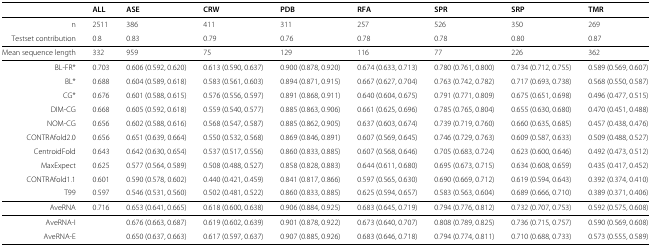
<table><thead><tr><td><b> </b></td><td><b>ALL</b></td><td><b>ASE</b></td><td><b>CRW</b></td><td><b>PDB</b></td><td><b>RFA</b></td><td><b>SPR</b></td><td><b>SRP</b></td><td><b>TMR</b></td></tr></thead><tbody><tr><td>n</td><td>2511</td><td>386</td><td>411</td><td>311</td><td>257</td><td>526</td><td>350</td><td>269</td></tr><tr><td>Testset contribution</td><td>0.8</td><td>0.83</td><td>0.79</td><td>0.76</td><td>0.78</td><td>0.78</td><td>0.80</td><td>0.87</td></tr><tr><td>Mean sequence length</td><td>332</td><td>959</td><td>75</td><td>129</td><td>116</td><td>77</td><td>226</td><td>362</td></tr><tr><td>BL-FR*</td><td>0.703</td><td>0.606 (0.592, 0.620)</td><td>0.613 (0.590, 0.637)</td><td>0.900 (0.878, 0.920)</td><td>0.674 (0.633, 0.713)</td><td>0.780 (0.761, 0.800)</td><td>0.734 (0.712, 0.755)</td><td>0.589 (0.569, 0.607)</td></tr><tr><td>BL*</td><td>0.688</td><td>0.604 (0.589, 0.618)</td><td>0.583 (0.561, 0.603)</td><td>0.894 (0.871, 0.915)</td><td>0.667 (0.627, 0.704)</td><td>0.763 (0.742, 0.782)</td><td>0.717 (0.693, 0.738)</td><td>0.568 (0.550, 0.587)</td></tr><tr><td>CG*</td><td>0.676</td><td>0.601 (0.588, 0.615)</td><td>0.576 (0.556, 0.597)</td><td>0.891 (0.868, 0.911)</td><td>0.640 (0.604, 0.675)</td><td>0.791 (0.771, 0.809)</td><td>0.675 (0.651, 0.698)</td><td>0.496 (0.477, 0.515)</td></tr><tr><td>DIM-CG</td><td>0.668</td><td>0.605 (0.592, 0.618)</td><td>0.559 (0.540, 0.577)</td><td>0.885 (0.863, 0.906)</td><td>0.661 (0.625, 0.696)</td><td>0.785 (0.765, 0.804)</td><td>0.655 (0.630, 0.680)</td><td>0.470 (0.451, 0.488)</td></tr><tr><td>NOM-CG</td><td>0.656</td><td>0.602 (0.588, 0.616)</td><td>0.568 (0.547, 0.587)</td><td>0.885 (0.862, 0.905)</td><td>0.637 (0.603, 0.674)</td><td>0.739 (0.719, 0.760)</td><td>0.660 (0.635, 0.685)</td><td>0.457 (0.438, 0.476)</td></tr><tr><td>CONTRAfold2.0</td><td>0.656</td><td>0.651 (0.639, 0.664)</td><td>0.550 (0.532, 0.568)</td><td>0.869 (0.846, 0.891)</td><td>0.607 (0.569, 0.645)</td><td>0.746 (0.729, 0.763)</td><td>0.609 (0.587, 0.633)</td><td>0.509 (0.488, 0.527)</td></tr><tr><td>CentroidFold</td><td>0.643</td><td>0.642 (0.630, 0.654)</td><td>0.537 (0.517, 0.556)</td><td>0.860 (0.833, 0.885)</td><td>0.607 (0.568, 0.646)</td><td>0.705 (0.683, 0.724)</td><td>0.623 (0.600, 0.646)</td><td>0.492 (0.473, 0.512)</td></tr><tr><td>MaxExpect</td><td>0.625</td><td>0.577 (0.564, 0.589)</td><td>0.508 (0.488, 0.527)</td><td>0.858 (0.828, 0.883)</td><td>0.644 (0.611, 0.680)</td><td>0.695 (0.673, 0.715)</td><td>0.634 (0.608, 0.659)</td><td>0.435 (0.417, 0.452)</td></tr><tr><td>CONTRAfold1.1</td><td>0.601</td><td>0.590 (0.578, 0.602)</td><td>0.440 (0.421, 0.459)</td><td>0.841 (0.817, 0.866)</td><td>0.597 (0.565, 0.630)</td><td>0.690 (0.669, 0.712)</td><td>0.619 (0.594, 0.643)</td><td>0.392 (0.374, 0.410)</td></tr><tr><td>T99</td><td>0.597</td><td>0.546 (0.531, 0.560)</td><td>0.502 (0.481, 0.522)</td><td>0.860 (0.833, 0.885)</td><td>0.625 (0.594, 0.657)</td><td>0.583 (0.563, 0.604)</td><td>0.689 (0.666, 0.710)</td><td>0.389 (0.371, 0.406)</td></tr><tr><td>AveRNA</td><td>0.716</td><td>0.653 (0.641, 0.665)</td><td>0.618 (0.600, 0.638)</td><td>0.906 (0.884, 0.925)</td><td>0.683 (0.645, 0.719)</td><td>0.794 (0.776, 0.812)</td><td>0.732 (0.707, 0.753)</td><td>0.592 (0.575, 0.608)</td></tr><tr><td>AveRNA-I</td><td> </td><td>0.676 (0.663, 0.687)</td><td>0.619 (0.602, 0.639)</td><td>0.901 (0.878, 0.922)</td><td>0.673 (0.640, 0.707)</td><td>0.808 (0.789, 0.825)</td><td>0.736 (0.715, 0.757)</td><td>0.590 (0.569, 0.608)</td></tr><tr><td>AveRNA-E</td><td> </td><td>0.650 (0.637, 0.663)</td><td>0.617 (0.597, 0.637)</td><td>0.907 (0.885, 0.926)</td><td>0.683 (0.646, 0.718)</td><td>0.794 (0.774, 0.811)</td><td>0.710 (0.688, 0.733)</td><td>0.573 (0.555, 0.589)</td></tr></tbody></table>